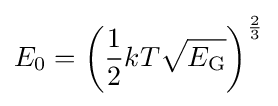
E_{0}=\left({\frac {1}{2}}kT{\sqrt {E_{\text{G}}}}\right)^{\frac {2}{3}}